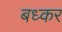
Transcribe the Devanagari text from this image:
बध्कर